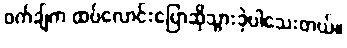
ဝက်ချ်က ထပ်လောင်းပြောဆိုသွားခဲ့ပါသေးတယ်။